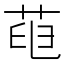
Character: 𦱉